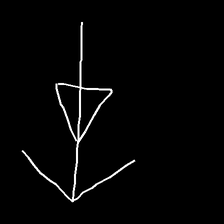
Glyph: pull